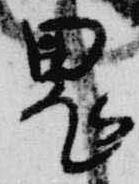
鬼